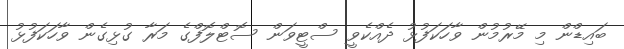
ބައިޑްން މި މޭރުމުން ވާހަކަފުޅު ދެއްކެވީ ސްޓީވަން ސޮޓްލޮފްގެ މަރާ ގުޅިގެން ވާހަކަފުޅު